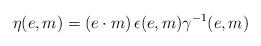
LaTeX: \begin{align*}\eta(e,m)=(e\cdot m)\,\epsilon(e,m)\gamma^{-1}(e,m)\end{align*}